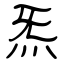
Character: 炁